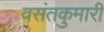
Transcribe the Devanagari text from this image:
वसंतकुमारी